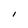
Character: i